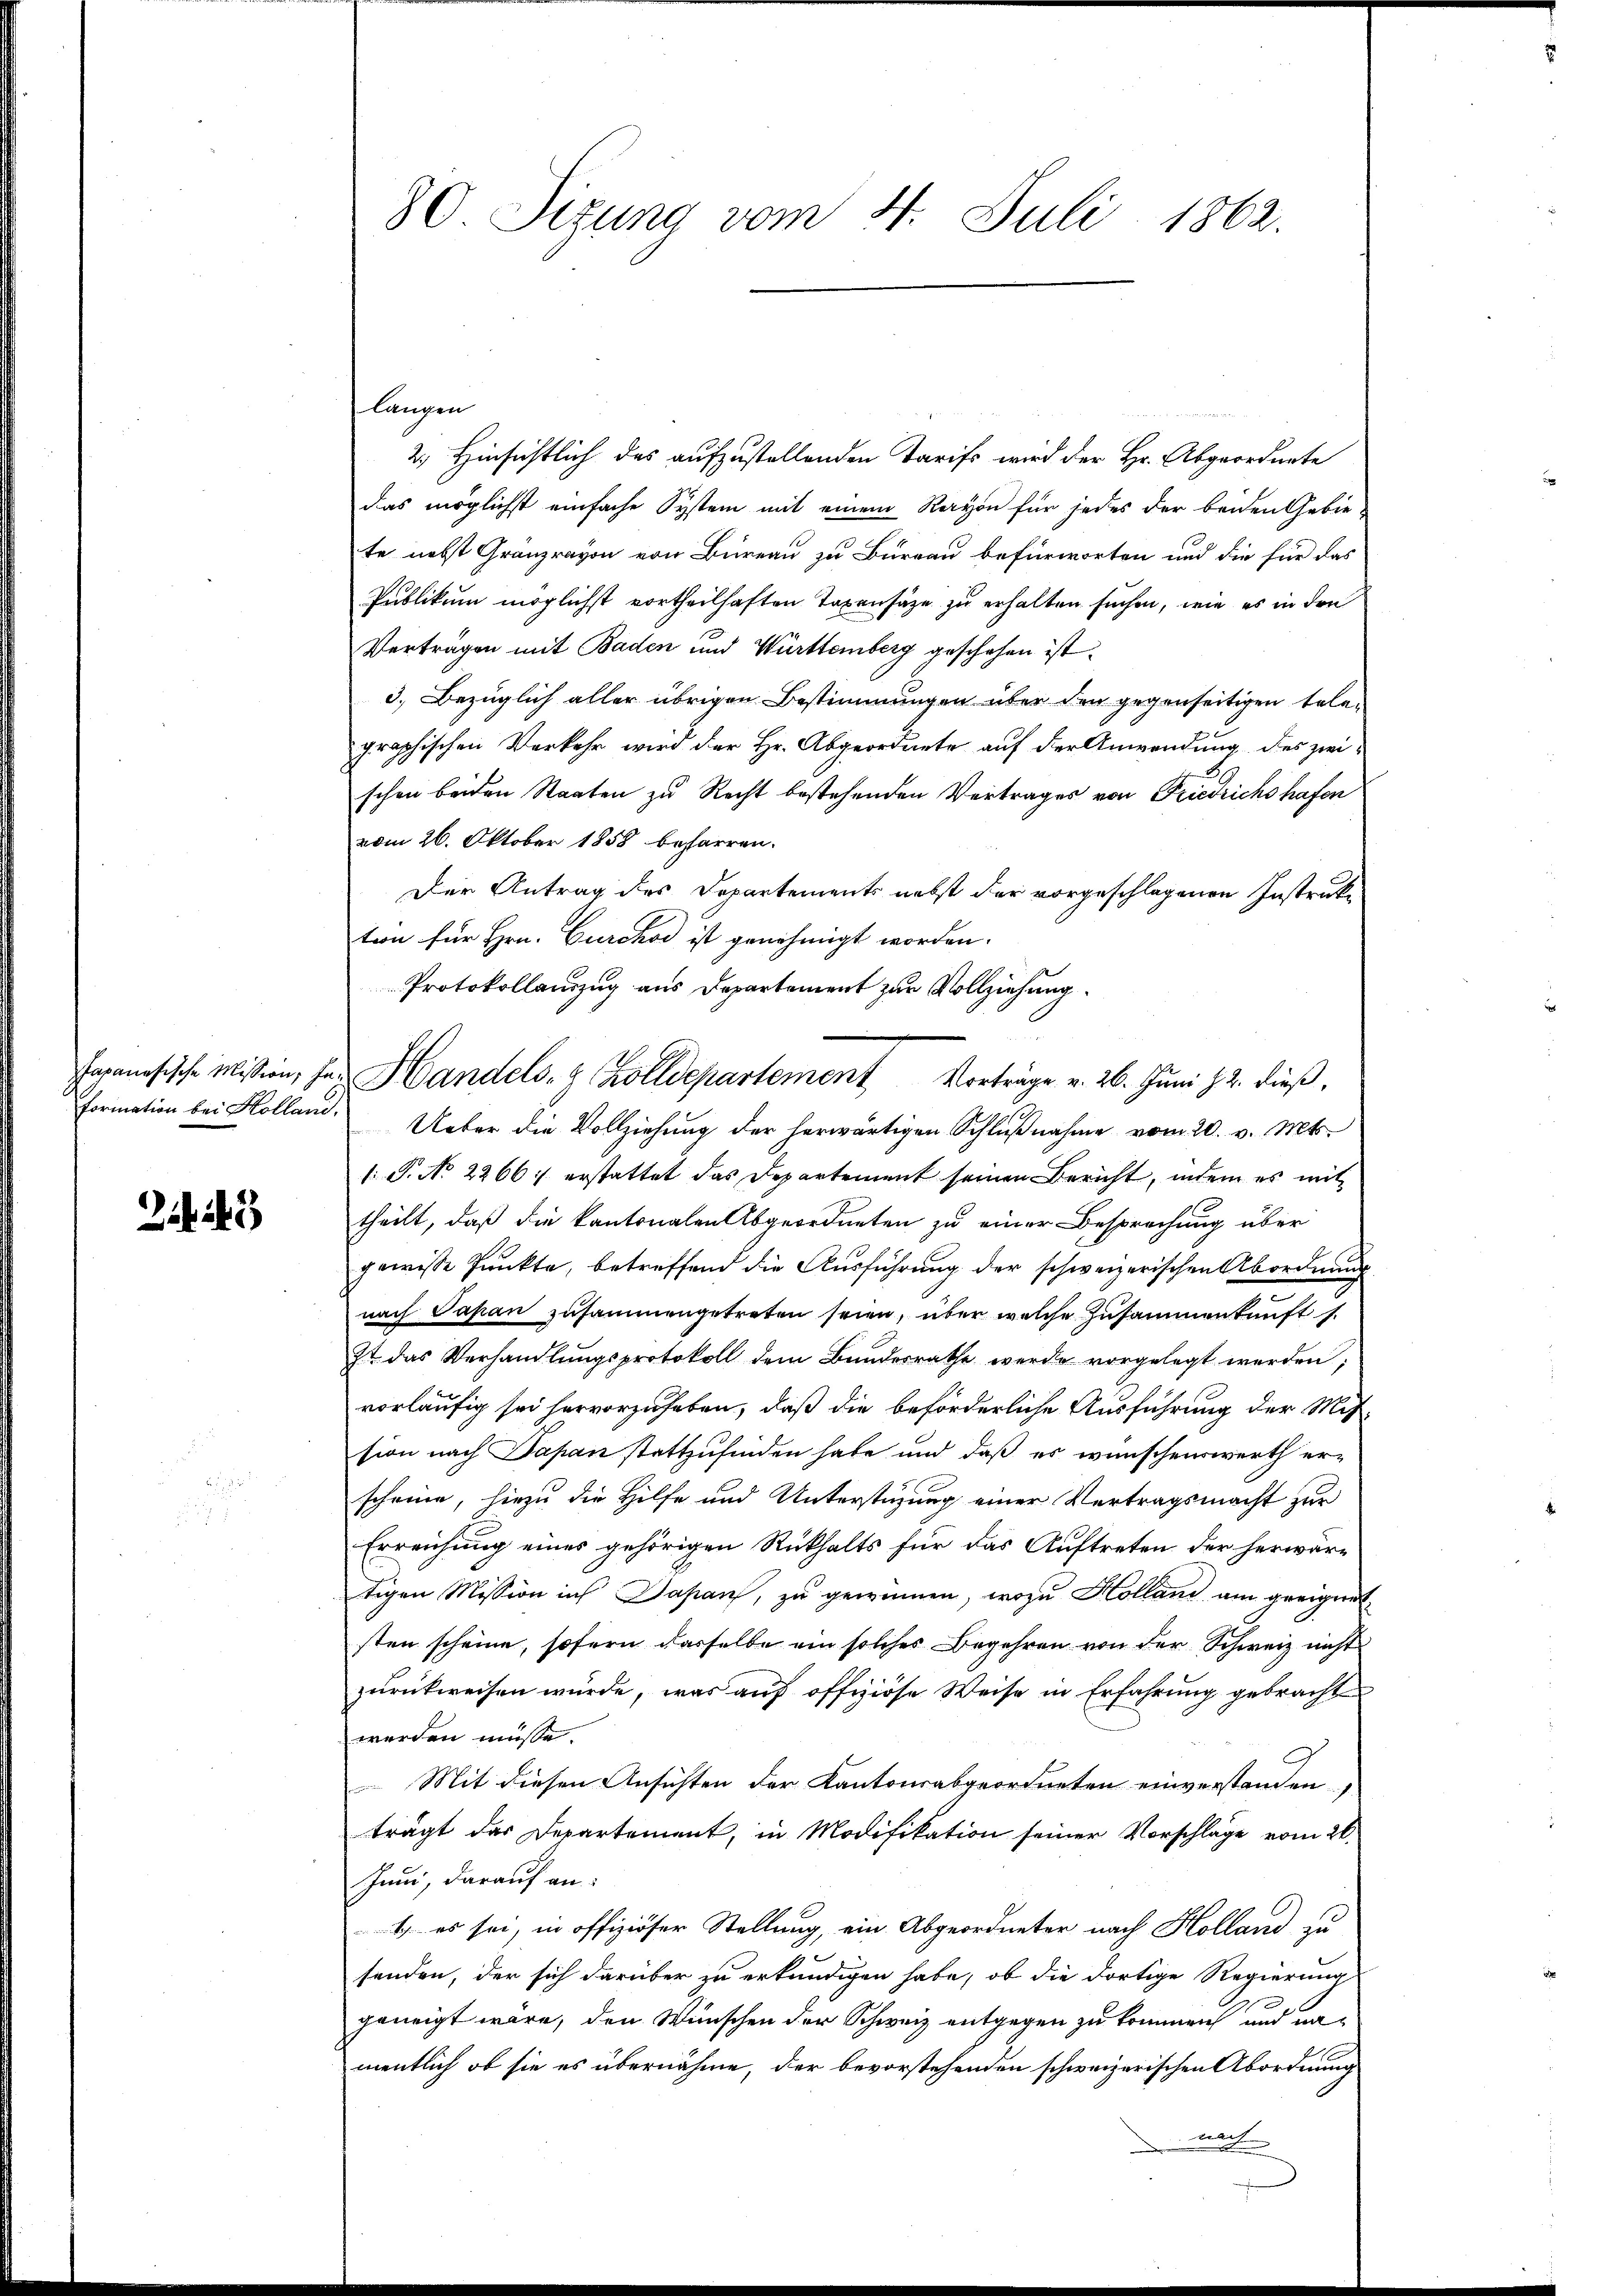
Formation bei Holland,

langen
2. Hinsichtlich des aufzustellenden Tarifs wird der Hr. Abgeordnete
das möglichst einfache System mit einem Rayon für jedes der beiden Gebie-
te nebst Gränzravon von Bureau zu Bureau befürworten und die für das
Publikum möglichst vortheilhaften Taxensätze zu erhalten suchen, wie es in den
Verträgen mit Baden und Württemberg geschehen ist.
3.) Bezüglich aller übrigen Bestimmungen über den gegenseitigen telegraphischen Verkehr wird der Hr. Abgeordnete auf der Anwendung des zweischon beiden Staaten zu Recht bestehenden Vertrages von Friedrichshafen
vom 26. Oktober 1858 befarren.
Der Antrag des Departements nebst der vorgeschlagenen Instrucke
tion für Hrn. Curchod ist genehmigt worden.
Protokollauszug aus Departement zur Vollziehung.
e
Ueber die Vollziehung der herwärtigen Schlußnahme vom 20. v. Mts.
1: P. No 2266: erstattet das Departement seinen Bericht, indem es mit
theilt, daß die kantonalen Abgeordneten zu einer Besprechung über
gewisse Punkte, betreffend die Ausführung der schweizerischen Abordnung
nach Papan zusammengetreten seien, über welche Zusammenkunft s.
7t das Verhandlŭngsprotokoll dem Bundesrathe werde vorgelegt werden;
vorläufig sei hervorzuheben, daß die beförderliche Ausführung der Mitsion nach Papan stattzufinden habe und daß es wünschenswerth erscheine, hiezu die Hilfe und Unterstüzung einer Vertragsmacht zur
Erreichung eines gehörigen Rükhalts für das Auftreten der herwärtigen Mission in Japan, zu gewinnen, wozu Kolland am geeignet.
sten scheine, sofern dasselbe ein solches Begehren von der Schweiz nicht
zurückweisen würde, was auf offiziöse Weise in Erfahrung gebracht
werden müsse.
G
Mit diesen Ansichten der Kantonsabgeordneten einverstanden,
trägt das Departement, in Modifikation seiner Vorschläge vom 26.
Juni, darauf an:
1. es sei, in offiziöser Stellung, ein Abgeordneter nach Holland zu
senden, der sich darüber zu erkundigen habe, ob die dortige Regierung
geneigt wäre, den Wünschen der Schweiz entgegen zu kommen und namentlich, ob sie es übernähme, der bevorstehenden schweizerischen Abordnung
nach

80 Sizung vom 4. Juli 1862.

Japanesische Mission, zu Handels- & Colldepartement Vorträge v. 26. Juni d. 2. dieß,